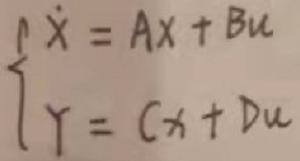
\[
\begin{cases}
\dot{X} = AX + Bu \\
Y = CX + Du
\end{cases}
\]